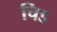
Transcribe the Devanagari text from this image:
चिड